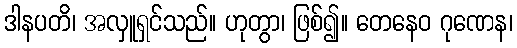
ဒါနပတိ၊ အလှူရှင်သည်။ ဟုတွာ၊ ဖြစ်၍။ တေနေဝ ဂုဏေန၊